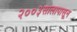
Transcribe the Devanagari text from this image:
२००३सालापासून